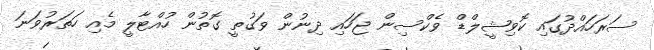
ސަރަހައްދުގައި ކޮވިޝީލްޑް ވެކްސިން ޖަހައި ދިނުން ވަގުތީ ގޮތުން ހުއްޓާލީ މެއި ހަތަރުވަނަ